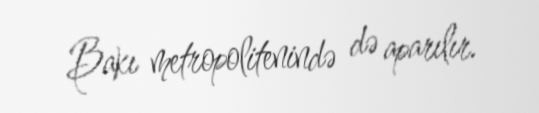
Bakı metropolitenində də aparılır.